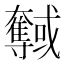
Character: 𡚞